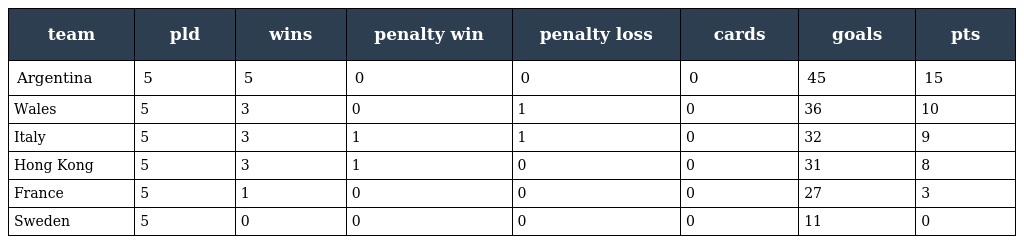
| team | pld | wins | penalty win | penalty loss | cards | goals | pts |
 | --- | --- | --- | --- | --- | --- | --- | --- |
 | Argentina | 5 | 5 | 0 | 0 | 0 | 45 | 15 |
 | Wales | 5 | 3 | 0 | 1 | 0 | 36 | 10 |
 | Italy | 5 | 3 | 1 | 1 | 0 | 32 | 9 |
 | Hong Kong | 5 | 3 | 1 | 0 | 0 | 31 | 8 |
 | France | 5 | 1 | 0 | 0 | 0 | 27 | 3 |
 | Sweden | 5 | 0 | 0 | 0 | 0 | 11 | 0 |